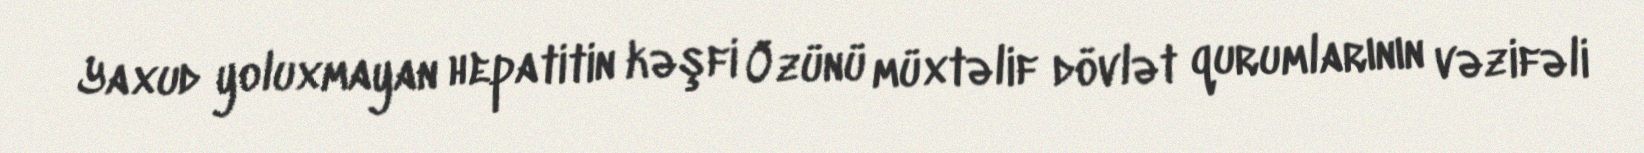
Yaxud yoluxmayan hepatitin kəşfi Özünü müxtəlif dövlət qurumlarının vəzifəli